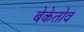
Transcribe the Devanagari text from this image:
बेकेतोव